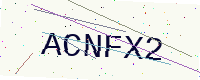
Text: ACNFX2